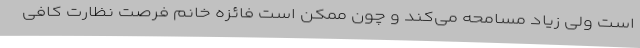
است ولی زیاد مسامحه می‌کند و چون ممکن است فائزه خانم فرصت نظارت کافی